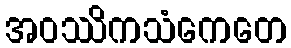
အဝဿိကသံကေတေ